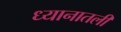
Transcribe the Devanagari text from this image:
ध्यानातली